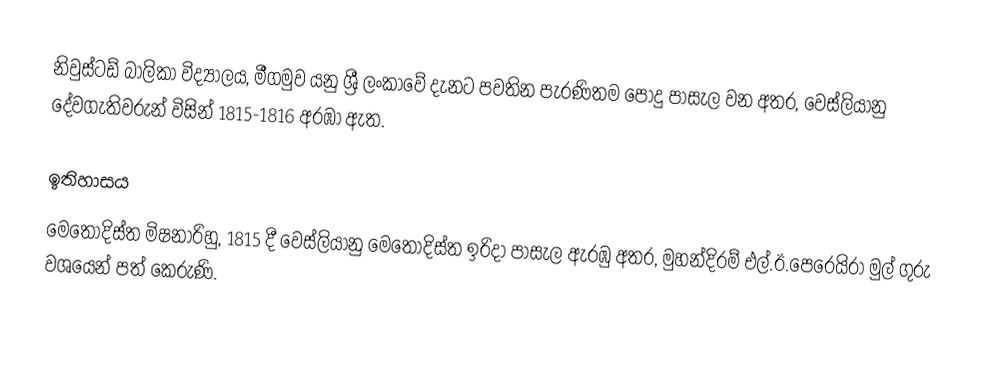
නිවුස්ටඩ් බාලිකා විද්‍යාලය, මීගමුව යනු ශ්‍රී ලංකාවේ දැනට පවතින පැරණිතම  පොදු පාසැල වන අතර, වෙස්ලියානු දේවගැතිවරුන් විසින් 1815-1816 අරඹා ඇත.

ඉතිහාසය
මෙතෝදිස්ත මිෂනාරිහු, 1815 දී  වෙස්ලියානු මෙතෝදිස්ත ඉරිදා පාසැල ඇරඹු අතර, මුහන්දිරම් එල්.ඊ.පෙරෙයිරා මුල් ගුරු වශයෙන් පත් කෙරුණි.